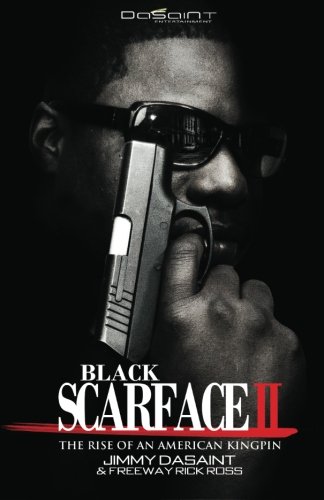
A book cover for Black Scarface II The Rise of an American Kingpin; Jimmy DaSaint; Literature & Fiction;